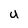
Character: U